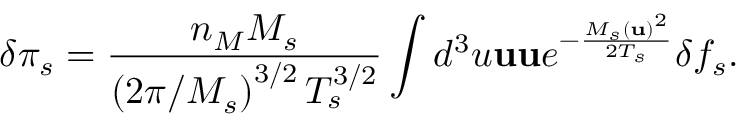
\delta \pi _ { s } = \frac { n _ { M } M _ { s } } { \left( 2 \pi / M _ { s } \right) ^ { 3 / 2 } T _ { s } ^ { 3 / 2 } } \int d ^ { 3 } u \mathbf { u u } e ^ { - \frac { M _ { s } \left( \mathbf { u } \right) ^ { 2 } } { 2 T _ { s } } } \delta f _ { s } .